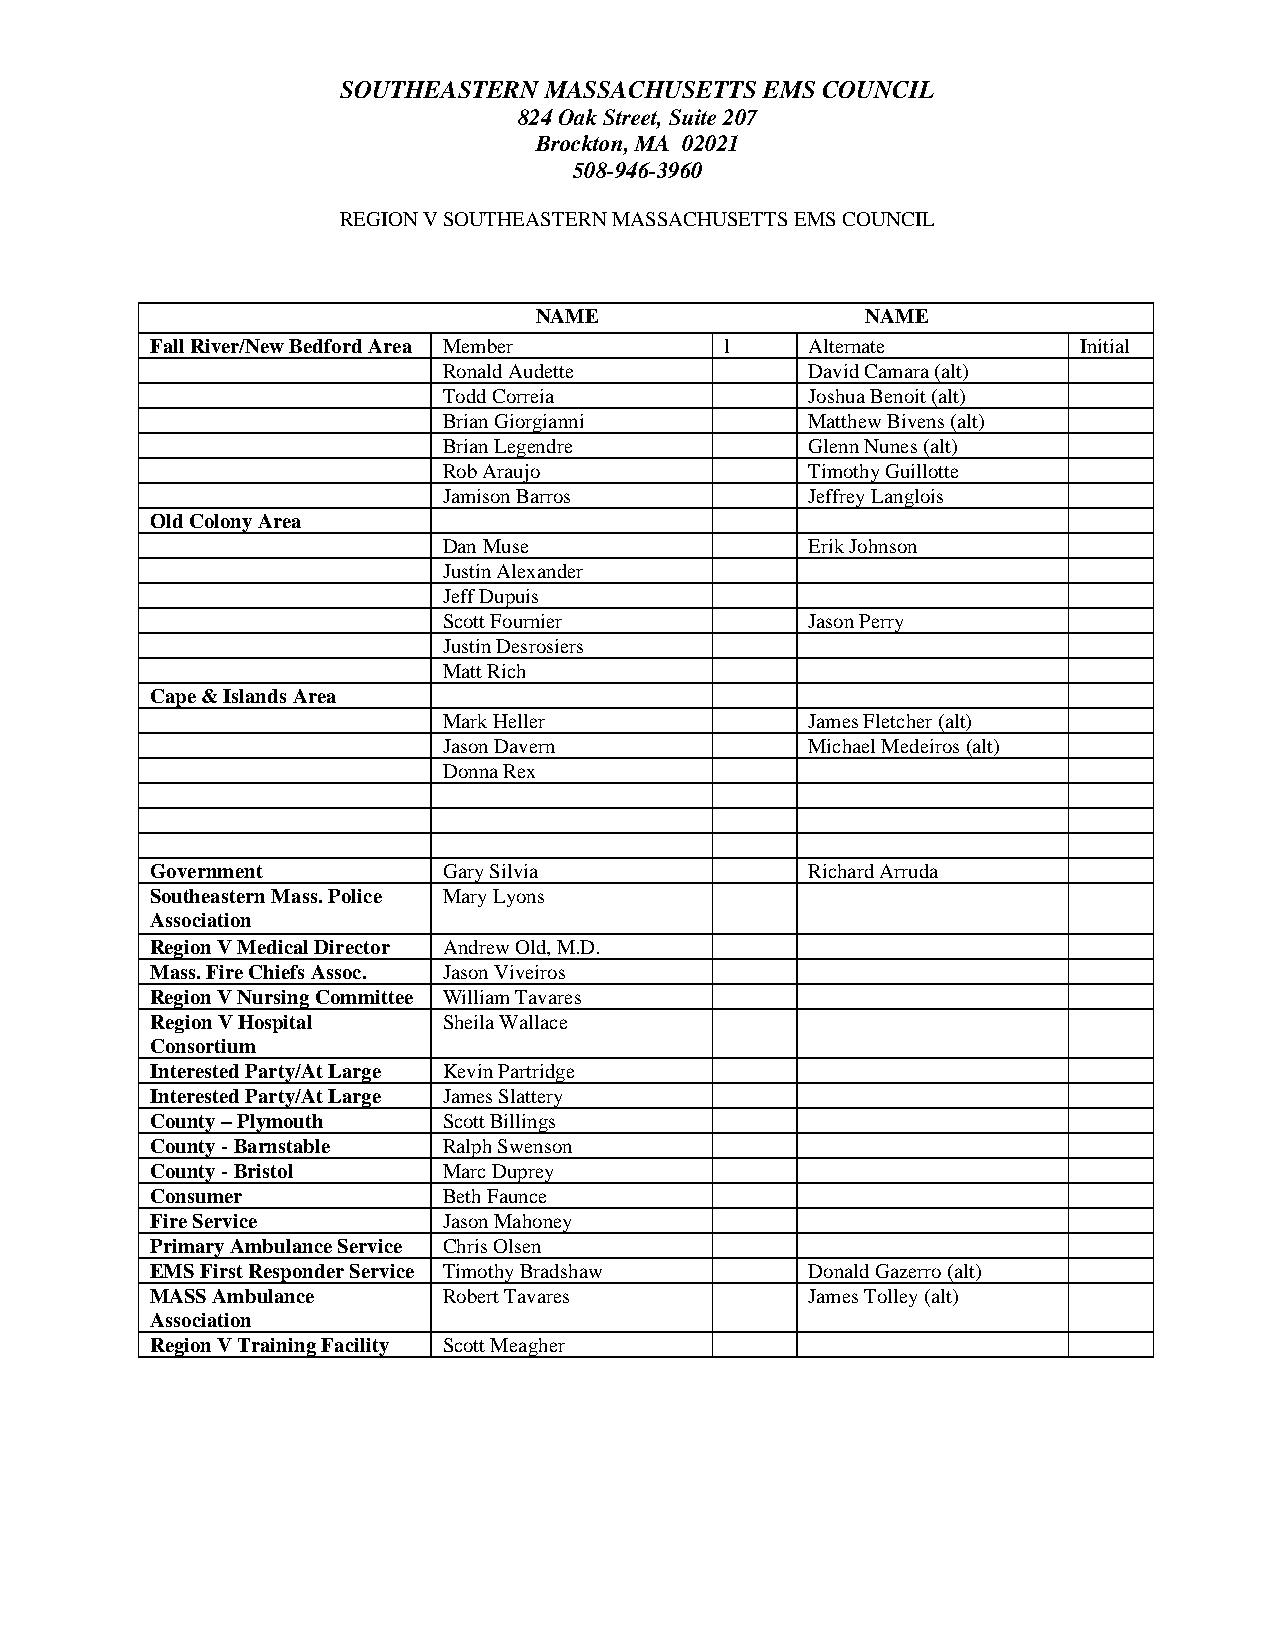
SOUTHEASTERN  MASSACHUSETTS  EMS COUNCIL
 824 Oak Street, Suite 207
 Brockton, MA 02021
 508-946-3960
 REGION V SOUTHEASTERN MASSACHUSETTS EMS COUNCIL
 NAME                  NAME
 Fall River/New Bedford Area Member    l     Alternate         Initial
 Ronald Audette           David Camara (alt)
 Todd Correia             Joshua Benoit (alt)
 Brian Giorgianni         Matthew Bivens (alt)
 Brian Legendre           Glenn Nunes (alt)
 Rob Araujo               Timothy Guillotte
 Jamison Barros           Jeffrey Langlois
 Old Colony Area
 Dan Muse                 Erik Johnson
 Justin Alexander
 Jeff Dupuis
 Scott Fournier           Jason Perry
 Justin Desrosiers
 Matt Rich
 Cape & Islands Area
 Mark Heller              James Fletcher (alt)
 Jason Davern             Michael Medeiros (alt)
 Donna Rex
 Government         Gary Silvia              Richard Arruda
 Southeastern Mass. Police Mary Lyons
 Association
 Region V Medical Director Andrew Old, M.D.
 Mass. Fire Chiefs Assoc. Jason Viveiros
 Region V Nursing Committee William Tavares
 Region V Hospital  Sheila Wallace
 Consortium
 Interested Party/At Large Kevin Partridge
 Interested Party/At Large James Slattery
 County – Plymouth  Scott Billings
 County - Barnstable Ralph Swenson
 County - Bristol   Marc Duprey
 Consumer           Beth Faunce
 Fire Service       Jason Mahoney
 Primary Ambulance Service Chris Olsen
 EMS First Responder Service Timothy Bradshaw Donald Gazerro (alt)
 MASS Ambulance     Robert Tavares           James Tolley (alt)
 Association
 Region V Training Facility Scott Meagher